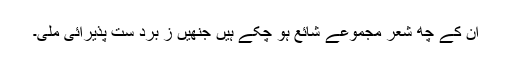
ان کے چھ شعر مجموعے شائع ہو چکے ہیں جنھیں ز برد ست پذیرائی ملی۔